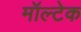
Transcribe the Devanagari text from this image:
मॉल्टेक